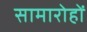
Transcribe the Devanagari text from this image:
सामारोहों